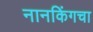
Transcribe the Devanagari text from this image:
नानकिंगचा